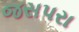
જસપરા